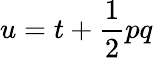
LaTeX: u=t+{\frac{1}{2}}pq